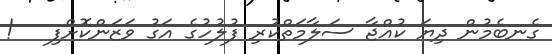
ގެނބެމުން ދިޔަ ކުއްޖާ ސަލާމަތްކުރި ފުލުހުގެ އަގު ވަޒަންކޮށްފި   !